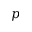
p